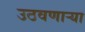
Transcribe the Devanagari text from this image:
उठवणाऱ्या